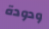
ودودة